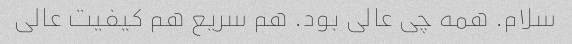
سلام. همه چی عالی بود. هم سریع هم کیفیت عالی